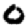
Digit: 0